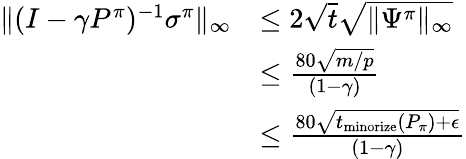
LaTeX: \begin{array}{rl}{\| (I-\gamma P^{\pi})^{-1}\sigma^{\pi}\| _{\infty}}&{\leq 2\sqrt{t}\sqrt{\| \Psi^{\pi}\| _{\infty}}}\\ &{\leq\frac{80\sqrt{m/p}}{(1-\gamma)}}\\ &{\leq\frac{80\sqrt{t_{\mathrm{minorize}}(P_{\pi})+\epsilon}}{(1-\gamma)}}\end{array}